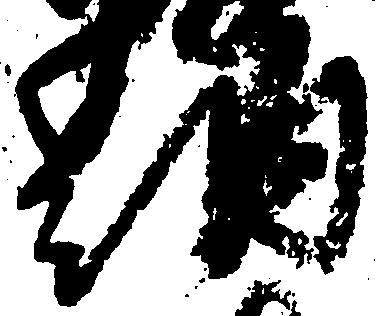
納